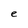
Character: e